Civil Veterinary Dept. Bombay admin report 1914-1922 - 1914-1922
Year: 1914
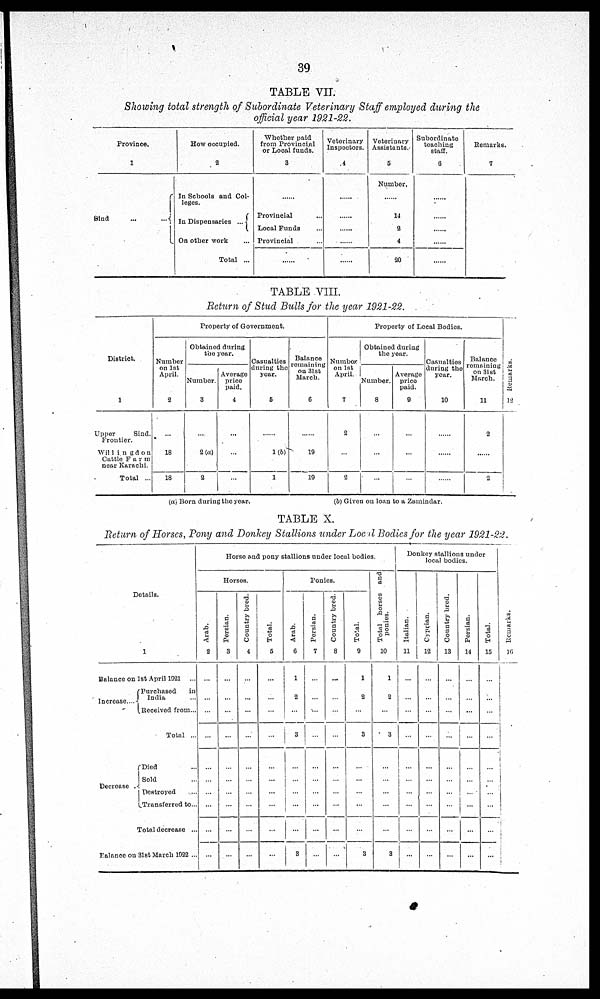
39
TABLE VII.
Showing total strength of Subordinate Veterinary Staff employed during the
official year 1921-22.
Province,
1
Sind ... ...
How occupied.
2
In Schools and Col-
leges.
In Dispensaries ...
On other work ...
Total ...
Whether paid
from Provincial
or Local funds.
3
......
Provincial ...
Local Funds ...
Provincial ...
Veterinary
Inspectors.
4
......
......
......
......
Veterinary
Assistants.
5
Number.
......
14
2
4
20
Subordinate
teaching
staff.
6
......
......
......
......
Remarks.
7
TABLE VIII.
Return of Stud Bulls for the year 1921-22.
District.
1
Upper
Sind.
Frontier.
Willingdon-
Cattle Farm
near Karachi.
Total ...
Property of Government.
Number
on 1st
April.
2
...
18
18
Obtained during
the year.
Number.
3
...
2(a)
2
Average
price
paid.
4
...
...
Casualties
during the
year.
5
......
1(b)
1
Balance
remaining
on 31st
March.
6
......
19
10
Property of Local Bodies.
Number
on 1st
April.
7
2
...
2
Obtained during
the year.
Number.
8
...
...
...
Average
price
paid.
9
...
...
...
Casualties
during the
year.
10
......
...
......
Balance
remaining
on 31st
March.
11
2
...
2
Re ma r
ks .
12
(a) Born during the year.
(b) Given on loan to a Zamindar.
TABLE X.
Return of Horses, Pony and Donkey Stallions under Local Bodies for the year 1921-22,
Details.
1
Balance on 1st April 1921...
Increase ....
Purchased
in
India...
Received from ...
Total ...
Decrease
Died ...
Sold ...
Destroyed ...
Transferred to ...
Total decrease ...
Balance on 31st March 1922 ...
Horse and pony stallions under local bodies.
Horses.
Arab.
2
...
...
...
...
...
...
...
...
...
...
Persian.
3
...
...
...
...
...
...
...
...
...
...
Country bred.
4
...
...
...
...
...
...
...
...
...
...
Total.
5
...
...
...
...
...
...
...
...
...
...
Ponies.
Arab.
6
1
2
...
3
...
...
...
...
...
3
Persian.
7
...
...
...
...
...
...
...
...
...
...
Country bred.
8
...
...
...
...
...
...
...
...
...
...
Total.
9
1
2
3
...
...
...
...
...
3
Total
horses and
ponies.
10
1
2
3
...
...
...
...
...
3
Donkey stallions under
local bodies.
Italian.
11
...
...
...
...
...
...
...
...
...
...
Cyprian.
12
...
...
...
...
...
...
...
...
...
...
Country br ed.
13
...
...
...
...
...
...
...
...
...
...
Persian.
14
...
...
...
...
...
...
...
...
...
...
Total.
15
...
...
...
...
...
...
...
...
...
...
Remarks.
16